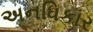
અનધિકાર